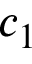
c _ { 1 }